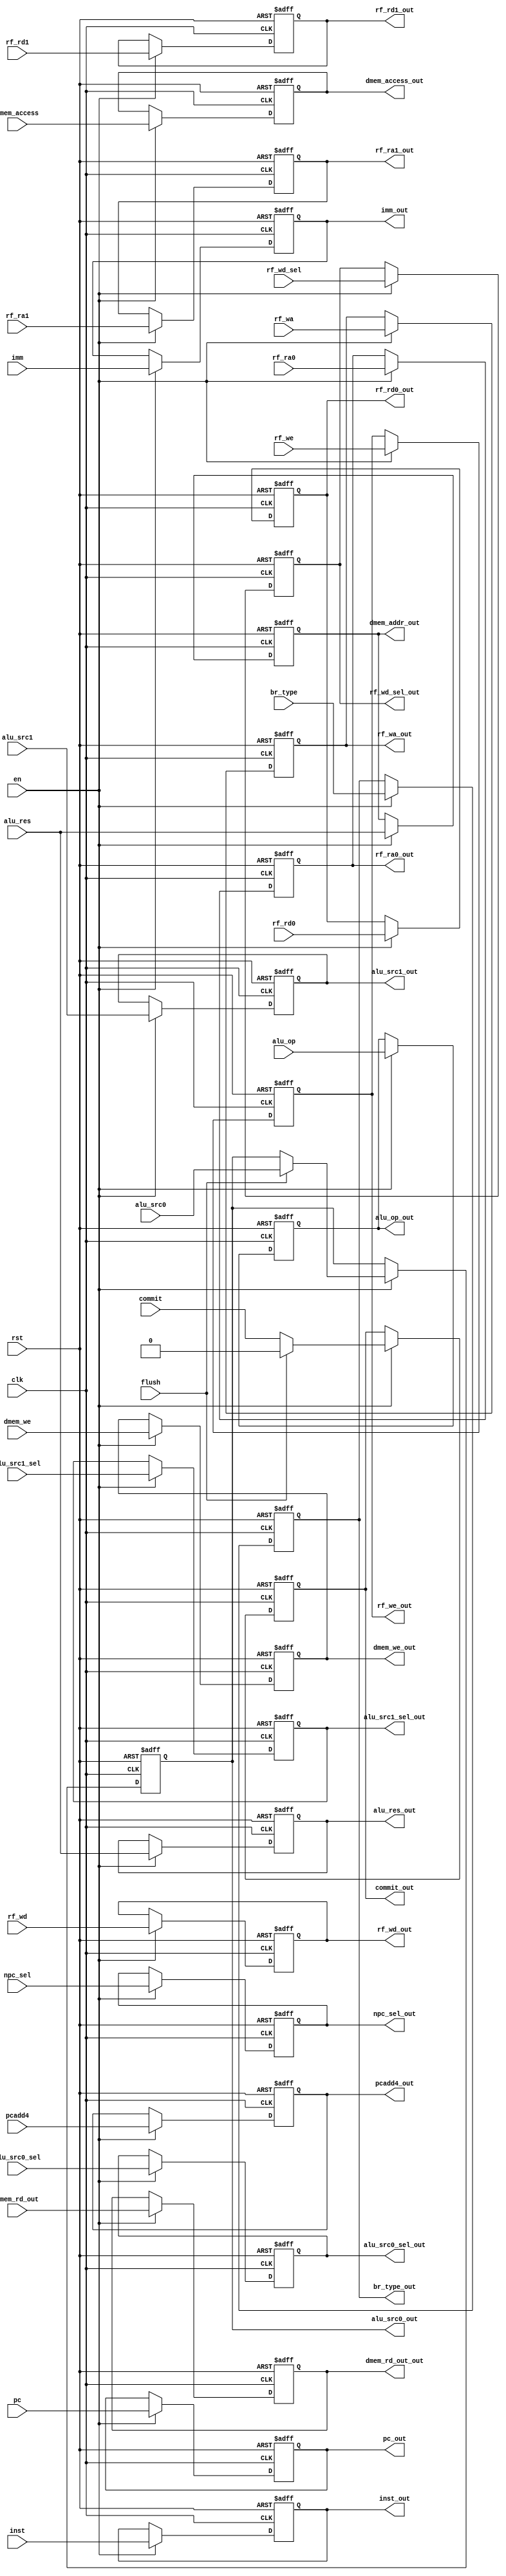
module  Inter_stage_Regs(
    //common port
    input       [  0 : 0]       clk     ,
    input       [  0 : 0]       rst     ,
    input       [  0 : 0]       en      ,
    input       [  0 : 0]       flush   ,
    input       [  0 : 0]       commit  ,//5

    //generated from IF/ID
    input       [ 31 : 0]       pcadd4  ,
    input       [ 31 : 0]       pc      ,
    input       [ 31 : 0]       inst    ,//3
    
    //generated from ID/EX
    input       [  4 : 0]       alu_op  ,
    input       [ 31 : 0]       rf_rd0  ,
    input       [ 31 : 0]       rf_rd1  ,//yet in EX/MEM
    input       [ 31 : 0]       imm     ,
    input       [  4 : 0]       rf_wa   ,//
    input       [  0 : 0]       rf_we   ,
    input       [  0 : 0]       dmem_we ,
    input       [  4 : 0]       rf_ra0  ,
    input       [  4 : 0]       rf_ra1  ,

    input       [  3 : 0]       br_type ,

    input       [  3 : 0]       dmem_access,
    input       [  1 : 0]       rf_wd_sel   ,
    input       [  0 : 0]       alu_src0_sel,
    input       [  0 : 0]       alu_src1_sel,//14           

    //generated from EX/MEM
    input       [ 31 : 0]       alu_res ,
    input       [  1 : 0]       npc_sel ,
    input       [ 31 : 0]       alu_src0,
    input       [ 31 : 0]       alu_src1,
    
    //generated from MEM/WB
    input       [ 31 : 0]       dmem_rd_out,
    input       [ 31 : 0]       rf_wd,//6
//28

    //output port
    output reg  [  0 : 0]       commit_out,
    //IF/ID needed

    output reg  [ 31 : 0]       pcadd4_out,
    output reg  [ 31 : 0]       pc_out,
    output reg  [ 31 : 0]       inst_out,//4

    //ID/EX needed
    output reg  [  4 : 0]       alu_op_out,
    output reg  [ 31 : 0]       rf_rd0_out,
    output reg  [ 31 : 0]       rf_rd1_out,
    output reg  [ 31 : 0]       imm_out,
    output reg  [  4 : 0]       rf_wa_out,
    output reg  [  0 : 0]       rf_we_out,
    output reg  [  0 : 0]       dmem_we_out,

    output reg  [  4 : 0]       rf_ra0_out,
    output reg  [  4 : 0]       rf_ra1_out,

    output reg  [  3 : 0]       br_type_out,

    output reg  [  3 : 0]       dmem_access_out,
    output reg  [  1 : 0]       rf_wd_sel_out,
    output reg  [  0 : 0]       alu_src0_sel_out,
    output reg  [  0 : 0]       alu_src1_sel_out,//14


    //EX/MEM needed
    output reg  [ 31 : 0]       alu_res_out,
    output reg  [  1 : 0]       npc_sel_out,
    output reg  [ 31 : 0]       alu_src0_out,
    output reg  [ 31 : 0]       alu_src1_out,
    output reg  [ 31 : 0]       dmem_addr_out,

    //MEM/WB needed
    output  reg [ 31 : 0]       dmem_rd_out_out,
    output  reg [ 31 : 0]       rf_wd_out//7

//25
);

wire        [  0 : 0 ]    t_commit;
wire        [ 31 : 0 ]    t_pcadd4;
wire        [ 31 : 0 ]    t_pc;
wire        [ 31 : 0 ]    t_inst;
wire        [ 31 : 0 ]    t_rf_rd0;
wire        [ 31 : 0 ]    t_rf_rd1;
wire        [ 31 : 0 ]    t_imm;
wire        [  4 : 0 ]    t_rf_wa;
wire        [  0 : 0 ]    t_rf_we;
wire        [  0 : 0 ]    t_dmem_we;
wire        [ 31 : 0 ]    t_alu_res;
wire        [ 31 : 0 ]    t_dmem_rd_out;

assign      t_commit      = commit;
assign      t_pcadd4      = pcadd4;
assign      t_pc          = pc;
assign      t_inst        = inst;
assign      t_rf_rd0      = rf_rd0;
assign      t_rf_rd1      = rf_rd1;
assign      t_imm         = imm;
assign      t_rf_wa       = rf_wa;
assign      t_rf_we       = rf_we;
assign      t_dmem_we     = dmem_we;
assign      t_alu_res     = alu_res;
assign      t_dmem_rd_out = dmem_rd_out;


always @(posedge clk or posedge rst) begin
    if (rst) begin
        pcadd4_out      <= 32'b0;
        pc_out          <= 32'b0;
        inst_out        <= 32'b0;
        rf_rd0_out      <= 32'b0;
        rf_rd1_out      <= 32'b0;
        imm_out         <= 32'b0;
        rf_wa_out       <= 5'b0;
        rf_we_out       <= 1'b0;
        dmem_we_out     <= 1'b0;
        alu_res_out     <= 32'b0;
        dmem_addr_out   <= 32'b0;
        dmem_rd_out_out <= 32'b0;

        rf_ra0_out      <= 5'b0;
        rf_ra1_out      <= 5'b0;
        br_type_out     <= 4'b0;
        dmem_access_out <= 4'b0;
        alu_src0_sel_out <= 1'b0;
        alu_src1_sel_out <= 1'b0;

        alu_src0_out    <= 32'b0;
        alu_src1_out    <= 32'b0;
        rf_wd_sel_out   <= 2'b0;
        alu_op_out      <= 5'b0;
        npc_sel_out     <= 2'b0;

        rf_wd_out       <= 32'b0;
        commit_out      <= 1'b0;
    end
    else if (en) begin
        if (flush) begin
            pcadd4_out    <= t_pcadd4;
            pc_out        <= t_pc;
            inst_out      <= t_inst;
            rf_rd0_out    <= t_rf_rd0;
            rf_rd1_out    <= t_rf_rd1;
            imm_out       <= t_imm;
            rf_wa_out     <= t_rf_wa;
            rf_we_out     <= t_rf_we;
            dmem_we_out   <= t_dmem_we;
            alu_res_out   <= t_alu_res;
            dmem_addr_out <= t_alu_res; //  t_dmem_addr
            dmem_rd_out_out <= t_dmem_rd_out;
            rf_ra0_out      <= rf_ra0;
            rf_ra1_out      <= rf_ra1;
            br_type_out     <= br_type;
            dmem_access_out <= dmem_access;
            alu_src0_sel_out <= alu_src0_sel;
            alu_src1_sel_out <= alu_src1_sel;

            alu_src0_out <= alu_src0;
            alu_src1_out <= alu_src1;
            rf_wd_sel_out <= rf_wd_sel;
            alu_op_out <= alu_op;
            npc_sel_out <= npc_sel;

            rf_wd_out       <= rf_wd;
            commit_out <= 1'b0; //  flush  1 commit  0
        end
        else begin
            pcadd4_out    <= t_pcadd4;
            pc_out        <= t_pc;
            inst_out      <= t_inst;
            rf_rd0_out    <= t_rf_rd0;
            rf_rd1_out    <= t_rf_rd1;
            imm_out       <= t_imm;
            rf_wa_out     <= t_rf_wa;
            rf_we_out     <= t_rf_we;
            dmem_we_out   <= t_dmem_we;
            alu_res_out   <= t_alu_res;
            dmem_addr_out <= t_alu_res; //  t_dmem_addr
            dmem_rd_out_out <= t_dmem_rd_out;

            rf_ra0_out      <= rf_ra0;
            rf_ra1_out      <= rf_ra1;
            br_type_out     <= br_type;
            dmem_access_out <= dmem_access;
            alu_src0_sel_out <= alu_src0_sel;
            alu_src1_sel_out <= alu_src1_sel;
            rf_wd_out       <= rf_wd;
            alu_src1_out <= alu_src1;
            rf_wd_sel_out <= rf_wd_sel;
            alu_op_out <= alu_op;
            npc_sel_out <= npc_sel;

            commit_out    <= t_commit; //  flush  0 commit  1
        end
    end
end

endmodule